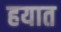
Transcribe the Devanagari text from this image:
हयात